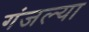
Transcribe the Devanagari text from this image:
गंजल्या